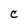
Character: C